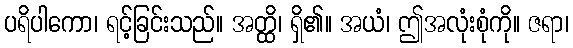
ပရိပါကော၊ ရင့်ခြင်းသည်။ အတ္ထိ၊ ရှိ၏။ အယံ၊ ဤအလုံးစုံကို။ ဇရာ၊